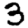
Digit: 3